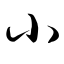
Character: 小